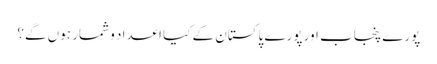
پورے پنجاب اور پورے پاکستان کے کیا اعداد و شمار ہوں گے؟